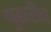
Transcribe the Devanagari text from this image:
पुढारीच